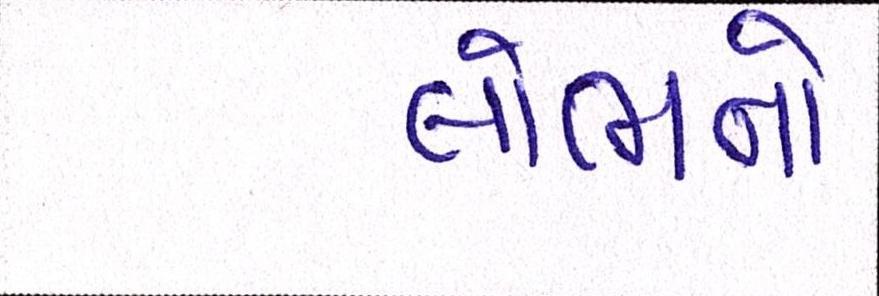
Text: લોભનો